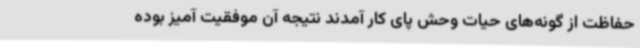
حفاظت از گونه‌های حیات وحش پای کار آمدند نتیجه آن موفقیت آمیز بوده